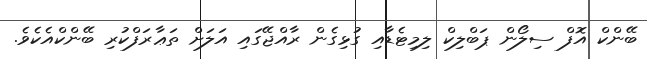
ބޭންކް އޮފް ސިލޯން ޕަބްލިކް ލިމިޓެޑާއި ގުޅިގެން ރާއްޖޭގައި އަލަށް ތަޢާރަފްކުރި ބޭންކްއެކެވެ.